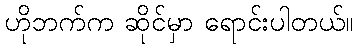
ဟိုဘက်က ဆိုင်မှာ ရောင်းပါတယ်။